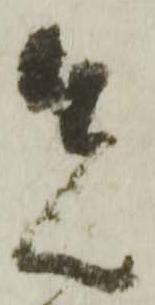
先